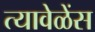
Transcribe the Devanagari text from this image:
त्यावेळेंस